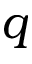
q